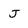
Character: J